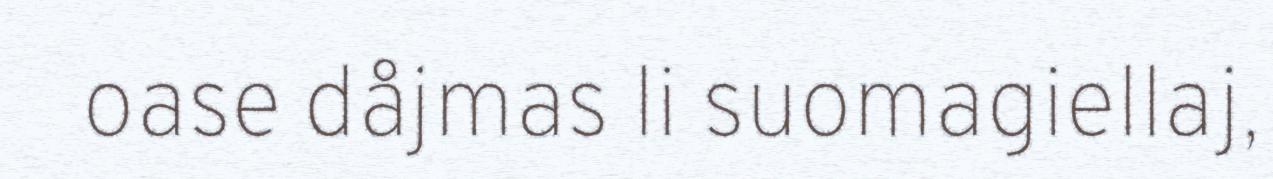
oase dåjmas li suomagiellaj,